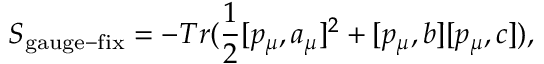
S _ { \mathrm { g a u g e - f i x } } = - T r ( \frac { 1 } { 2 } [ p _ { \mu } , a _ { \mu } ] ^ { 2 } + [ p _ { \mu } , b ] [ p _ { \mu } , c ] ) ,